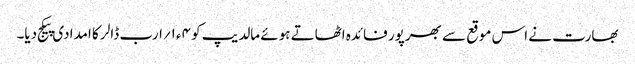
بھارت نے اس موقع سے بھرپور فائدہ اٹھاتے ہوئے مالدیپ کو ۴ء۱؍ارب ڈالر کا امدادی پیکج دیا۔